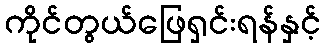
ကိုင်တွယ်ဖြေရှင်းရန်နှင့်